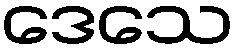
ဒေသေ